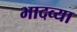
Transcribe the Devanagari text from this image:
भादव्या